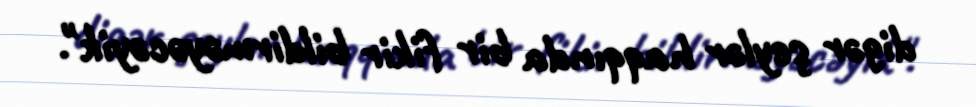
digər şeylər haqqında bir fikir bildirməyəcəyik".